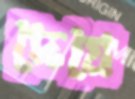
দেয়ে